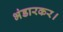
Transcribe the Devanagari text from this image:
भंडारकर।